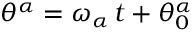
\theta ^ { \alpha } = \omega _ { \alpha } \, t + \theta _ { 0 } ^ { \alpha }